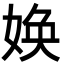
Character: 㛟